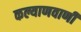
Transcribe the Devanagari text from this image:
कल्याणवाणी